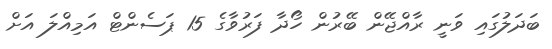
ބަދަލުގައި ވަނީ ރާއްޖޭން ބޭރުން ހޯދާ ފަރުވާގެ 15 ޕަސެންޓް އަމިއްލަ އަށް